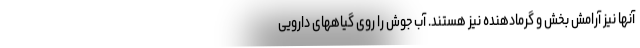
آنها نیز آرامش بخش و گرمادهنده نیز هستند. آب جوش را روی گیاههای دارویی